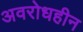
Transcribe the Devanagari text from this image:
अवरोधहीन